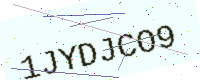
Text: 1JYDJCO9